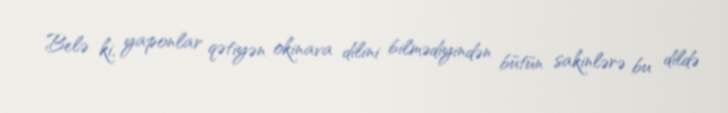
Belə ki, yaponlar qətiyən okinava dilini bilmədiyindən bütün sakinlərə bu dildə